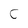
Character: C